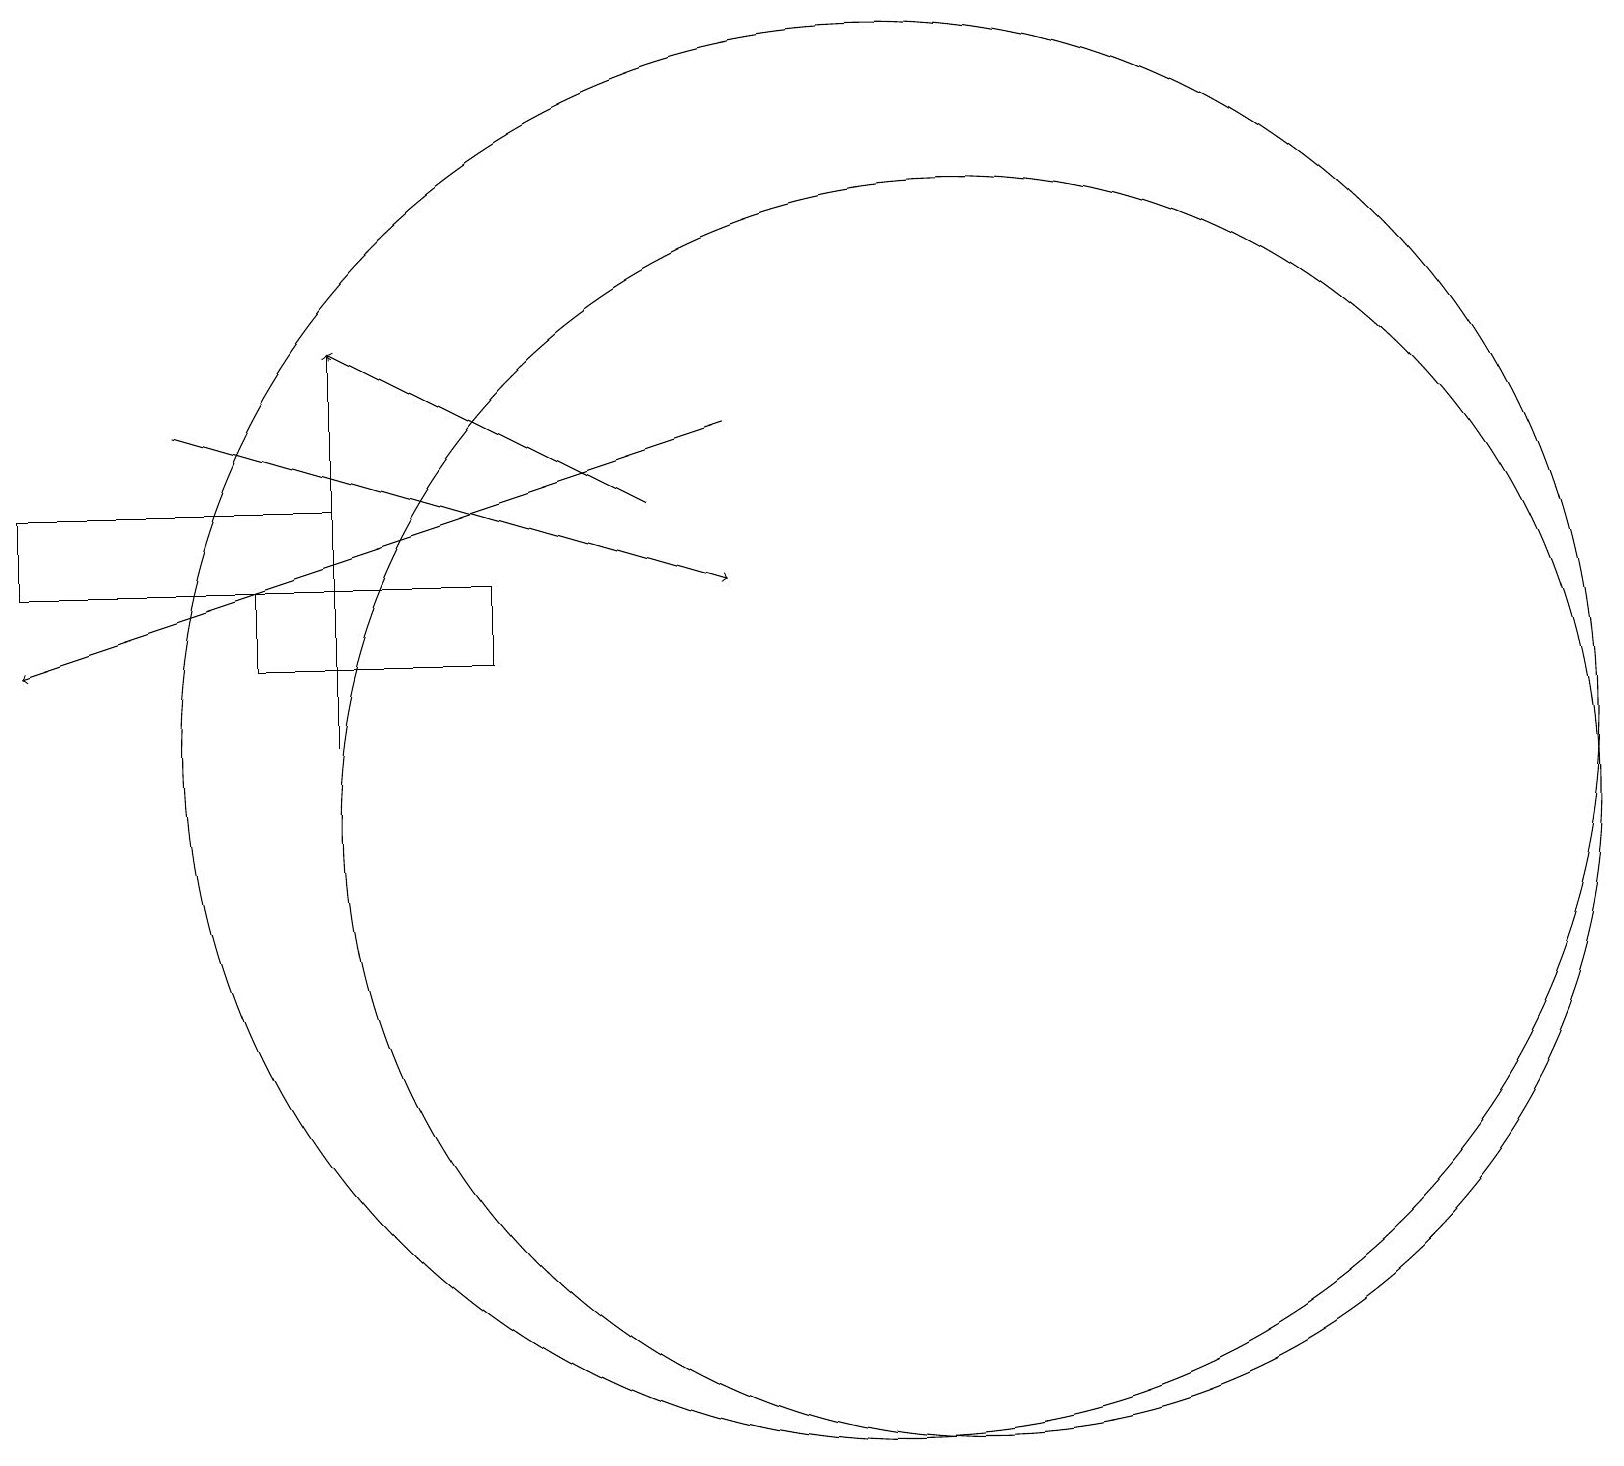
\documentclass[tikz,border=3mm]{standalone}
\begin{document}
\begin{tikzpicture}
\draw[->] (2,15) -- (9,13);
\draw[->] (8,14) -- (4,16);
\draw (11,11) circle (9);
\draw (3,13) rectangle (6,12);
\draw (0,14) rectangle (4,13);
\draw (12,10) circle (8);
\draw[->] (4,11) -- (4,16);
\draw[->] (9,15) -- (0,12);
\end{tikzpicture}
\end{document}